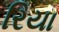
રિયા